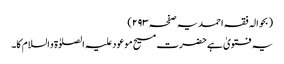
(بحوالہ فقہ احمدیہ صفحہ ۲۹۳)
یہ فتویٰ ہے حضرت مسیح موعود علیہ الصلوٰۃ و السلام کا۔